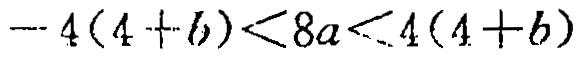
\(-4(4 + b)<8a<4(4 + b)\)